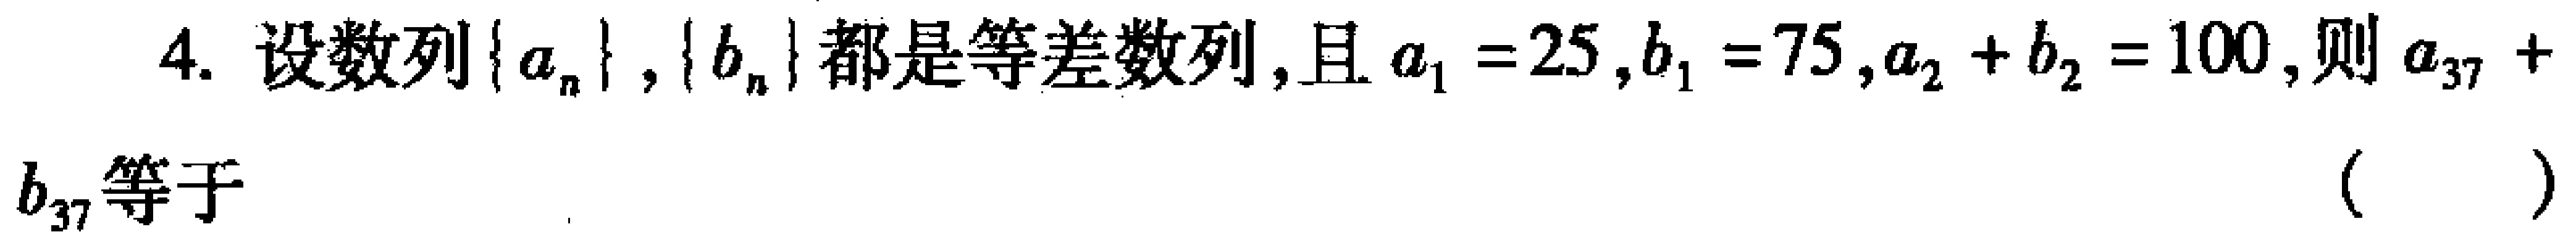
4. 设数列\(\{a_{n}\}\)，\(\{b_{n}\}\)都是等差数列，且\(a_{1}=25\)，\(b_{1}=75\)，\(a_{2}+b_{2}=100\)，则\(a_{37}+b_{37}\)等于 （  ）